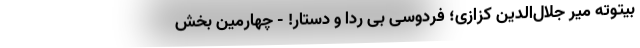
بیتوته میر جلال‌الدین کزازی؛ فردوسی بی ردا و دستار! - چهارمین بخش